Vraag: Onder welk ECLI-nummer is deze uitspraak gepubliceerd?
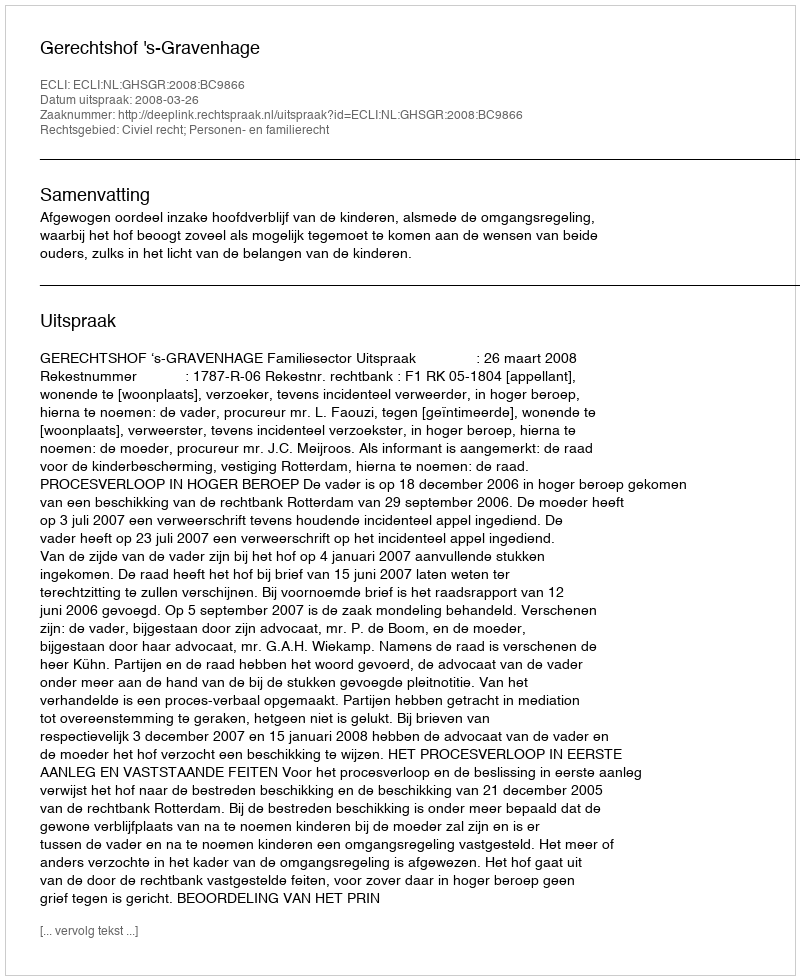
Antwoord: ECLI:NL:GHSGR:2008:BC9866